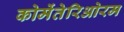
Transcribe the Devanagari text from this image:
कोमेंतेरिओरम